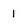
Character: 1